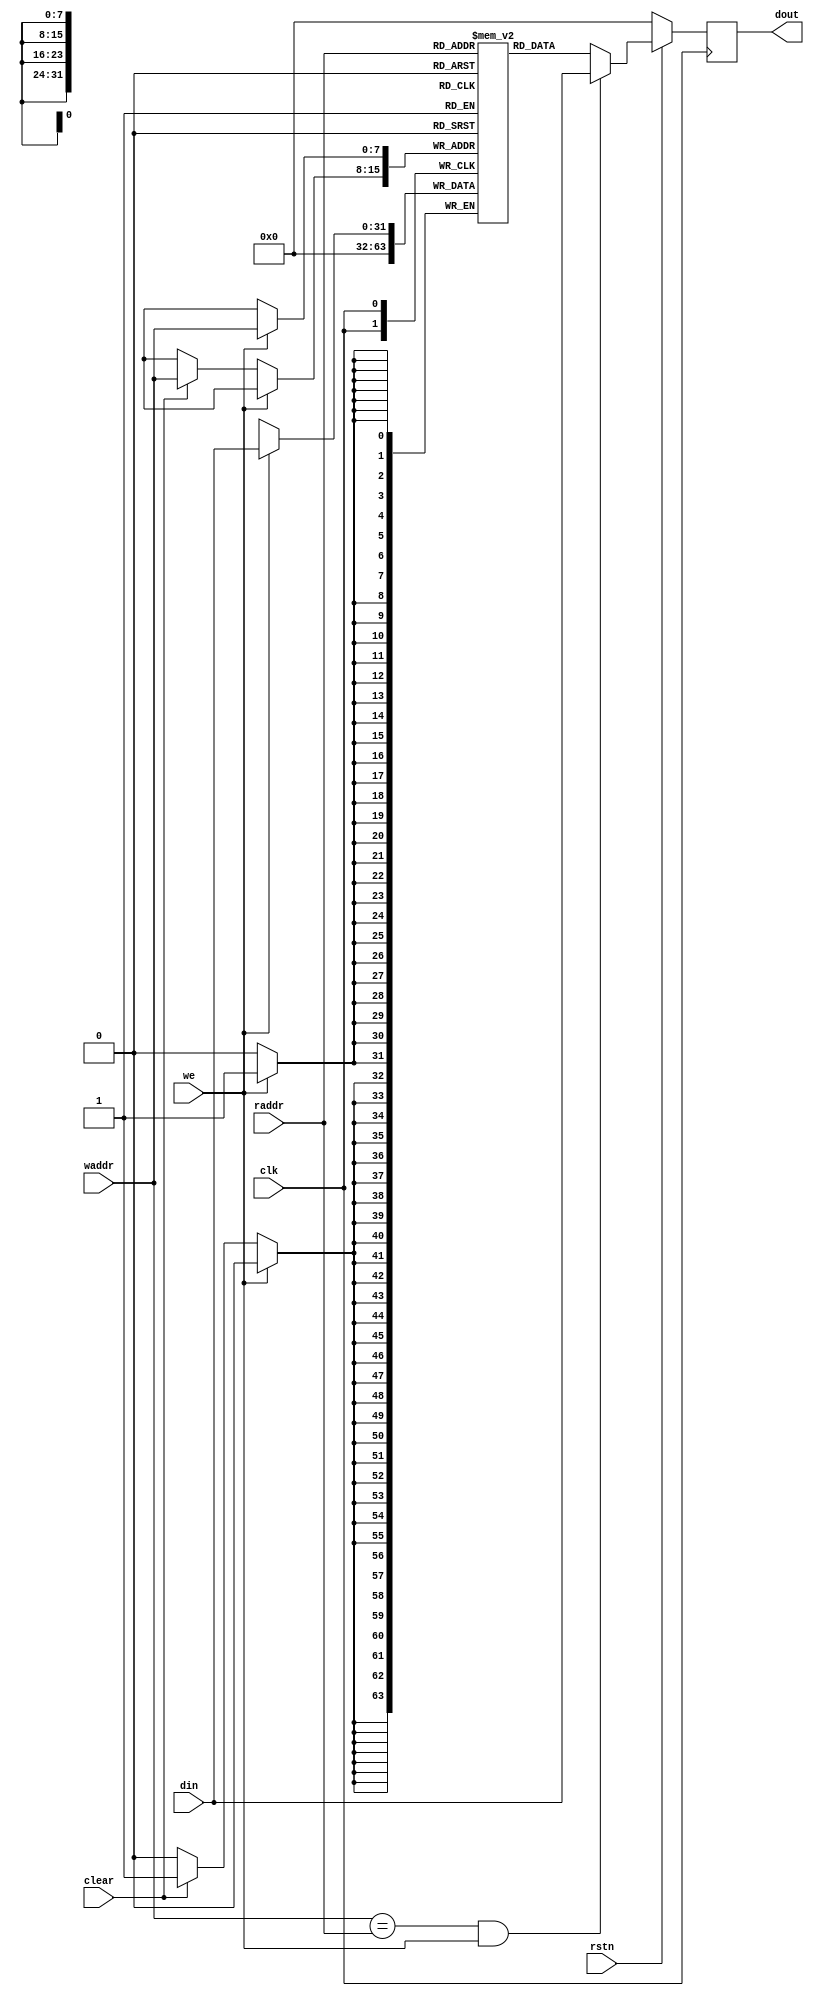
module L2cache_prefnum_lut #(
    parameter DATA_WIDTH = 32,
            //   INIT_FILE = "C:\Users\lenovo\Desktop\data_init.coe"
              ADDR_WIDTH = 8
            //   INIT_FILE = "C:\Users\lenovo\Desktop\data_init.coe"
)
(
    input clk,rstn,                    // Clock
    input [ADDR_WIDTH-1:0] raddr,  // Read Address
    input [ADDR_WIDTH-1:0] waddr,
    input [DATA_WIDTH-1:0] din,   // Data Input
    input we,                     // Write Enable
    output [DATA_WIDTH-1:0] dout,
    input clear
); 
    reg [DATA_WIDTH-1:0] dout_r;
    reg [DATA_WIDTH-1:0] ram [0:(1 << ADDR_WIDTH)-1];

    integer i;
    initial begin
        for (i = 0; i < (1 << ADDR_WIDTH); i = i + 1) begin
            ram[i] = 0;
        end
    end

    assign dout = dout_r;

    always @(posedge clk) begin
        if(!rstn)dout_r <= 0;
        else dout_r <= (waddr == raddr && we) ? din : ram[raddr];
        if (we) ram[waddr] <= din;
        else if(clear) ram[waddr] <= {DATA_WIDTH{1'b0}};
    end

endmodule